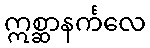
ဣစ္ဆာနင်္ကလေ